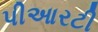
પીઆરટી